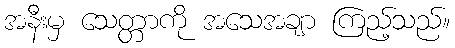
အနီးမှ သေတ္တာကို အသေအချာ ကြည့်သည်။